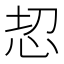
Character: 𢘰